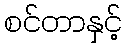
စင်တာနှင့်